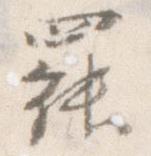
罷